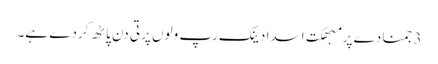
3 جمنا دے پرمبھکت اسدا دینک رپ ولوں پرتی دن پاٹھ کردے ہے۔